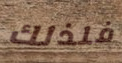
فلذلك